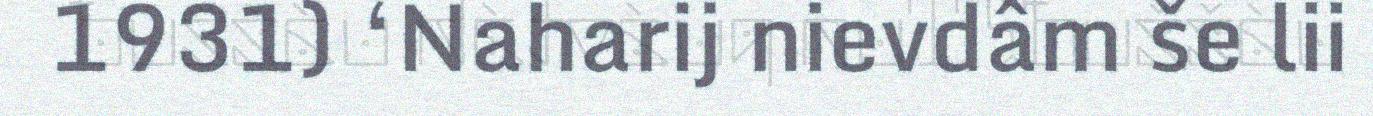
1931) ‘Naharij nievdâm še lii